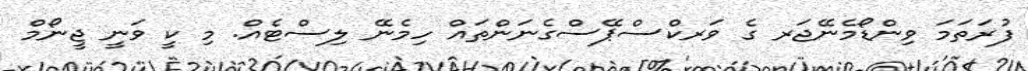
ފުރަތަމަ ވިންޑޯމެނޭޖަރ ގެ ވަރކްސްޕޭސްގެނަންތައް ހިމެނޭ ލިސްޓެއް. މި ކީ ވަނީ ޖީނޯމް